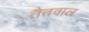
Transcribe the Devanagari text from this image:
तैतवाल